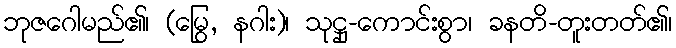
ဘုဇဂေါမည်၏၊ (မြွေ, နဂါး)၊ သုဋ္ဌု-ကောင်းစွာ၊ ခနတိ-တူးတတ်၏၊